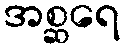
အစ္ဆရေ